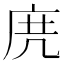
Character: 𢈐